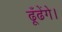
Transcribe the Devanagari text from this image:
ढूँढेंगे।